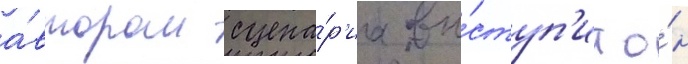
а́втором сцена́р'иа вы́ступ'ит о́н